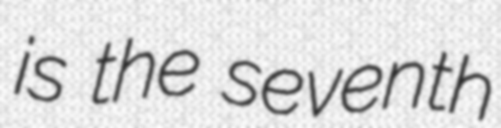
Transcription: is the seventh